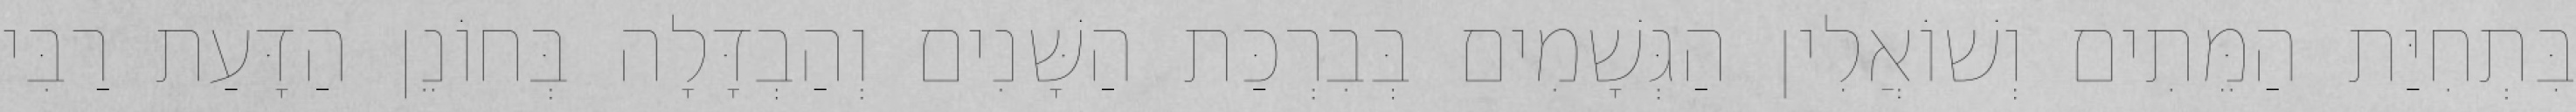
בִּתְחִיַּת הַמֵּתִים וְשׁוֹאֲלִין הַגְּשָׁמִים בְּבִרְכַּת הַשָּׁנִים וְהַבְדָּלָה בְּחוֹנֵן הַדָּעַת רַבִּי